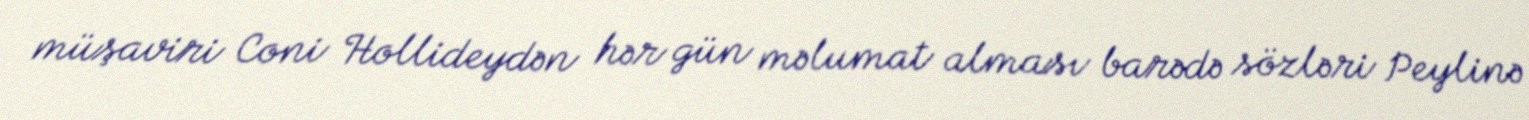
müşaviri Coni Hollideydən hər gün məlumat alması barədə sözləri Peylinə